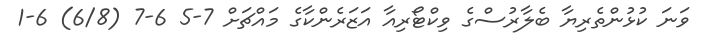
ވަނަ ކުޅުންތެރިޔާ ބެލާރުސްގެ ވިކްޓޯރިއާ އަޒަރެންކާގެ މައްޗަށް 7-5 6-7 (6/8) 6-1